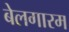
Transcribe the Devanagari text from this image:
बेलगारम